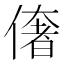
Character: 𠍽